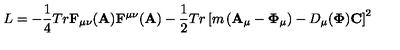
L = - { \frac { 1 } { 4 } } T r { \bf F } _ { \mu \nu } ( { \bf A } ) { \bf F } ^ { \mu \nu } ( { \bf A } ) - { \frac { 1 } { 2 } } T r \left[ m \left( { \bf A } _ { \mu } - { \bf \Phi } _ { \mu } \right) - D _ { \mu } ( { \bf \Phi } ) { \bf C } \right] ^ { 2 }